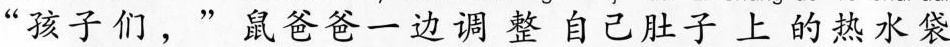
“孩子们，”鼠爸爸一边调整自己肚子上的热水袋